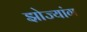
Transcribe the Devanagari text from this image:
झोज्यांग